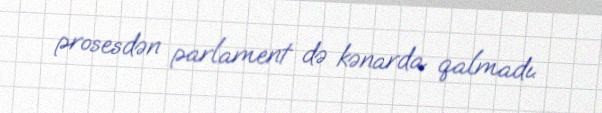
prosesdən parlament də kənarda qalmadı.